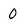
Character: 0